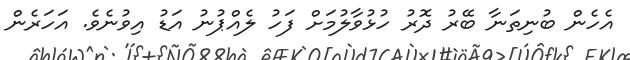
އެހެން ބުނިތަނާ ބޭރު ދޮރު ހުޅުވާލުމަށް ފަހު ލެއްޕުނު އަޑު އިވުނެވެ. އަހަރެން